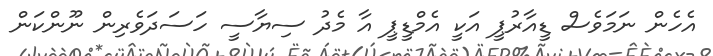
އެހެން ނަމަވެސް ޑީއާރުޕީ އަކީ އެމްޑީޕީ އާ މެދު ސިޔާސީ ހަސަދަވެރިން ނޫންކަން